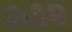
૦૩૨